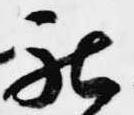
被